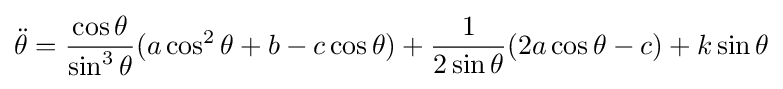
{\ddot {\theta }}={\frac {\cos \theta }{\sin ^{3}\theta }}(a\cos ^{2}\theta +b-c\cos \theta )+{\frac {1}{2\sin \theta }}(2a\cos \theta -c)+k\sin \theta